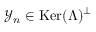
\mathcal { Y } _ { n } \in \mathop { \mathrm { K e r } } ( \Lambda ) ^ { \perp }